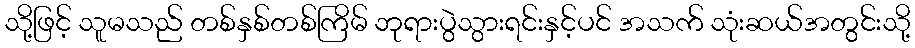
သို့ဖြင့် သူမသည် တစ်နှစ်တစ်ကြိမ် ဘုရားပွဲသွားရင်းနှင့်ပင် အသက် သုံးဆယ်အတွင်းသို့